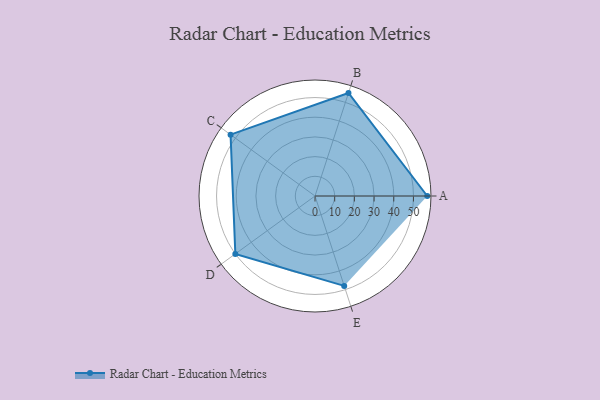
{"axis": {"x": "Skill", "y": "Score"}, "legend": ["Profile"], "data": [{"x": "A", "y": 57.0, "type": "Profile"}, {"x": "B", "y": 55.0, "type": "Profile"}, {"x": "C", "y": 53.0, "type": "Profile"}, {"x": "D", "y": 50.0, "type": "Profile"}, {"x": "E", "y": 48.0, "type": "Profile"}]}